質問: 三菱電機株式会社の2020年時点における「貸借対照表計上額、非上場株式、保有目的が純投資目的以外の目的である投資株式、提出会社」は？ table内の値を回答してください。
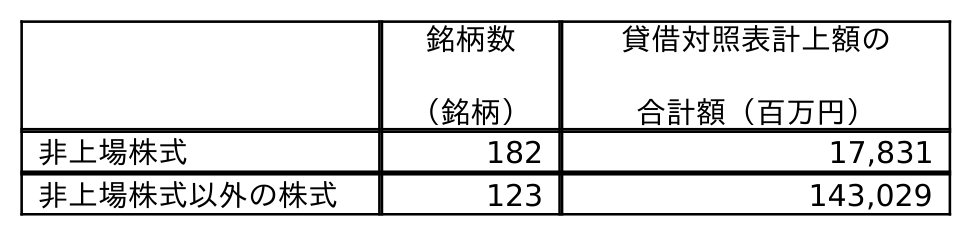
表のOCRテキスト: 銘柄数 （銘柄） 貸借対照表計上額の 合計額（百万円） 非上場株式 182 17,831 非上場株式以外の株式 123 143,029
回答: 17,831